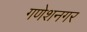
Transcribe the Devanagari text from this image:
गणेशनगर